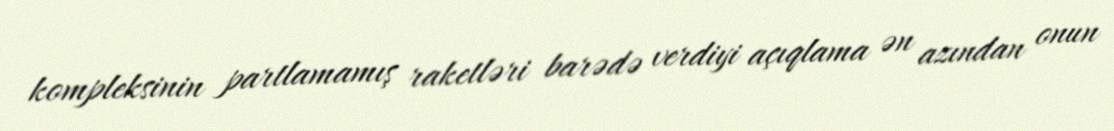
kompleksinin partlamamış raketləri barədə verdiyi açıqlama ən azından onun